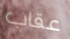
عقاب